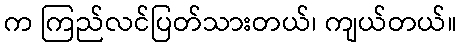
က ကြည်လင်ပြတ်သားတယ်၊ ကျယ်တယ်။